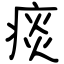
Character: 痰